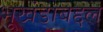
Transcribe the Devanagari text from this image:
भूखंडाबद्दल